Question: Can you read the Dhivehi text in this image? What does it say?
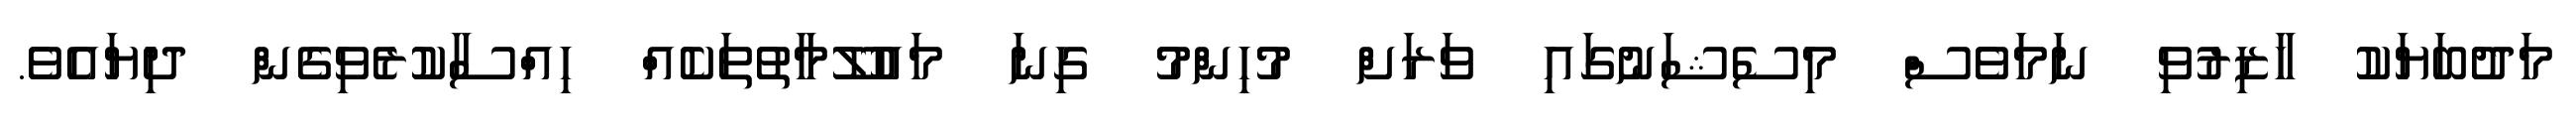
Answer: މަދުބަޔަކު ހާޒިރުވި ނަމަވެސް މިސެޝަނުގައި ވަރަށް މުހިންމު ގިނަ މައުުލޫމާތުތަކެއް ހިއްސާކުރެވިގެން ދިޔައެވެ.